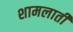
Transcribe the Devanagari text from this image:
शामलाती